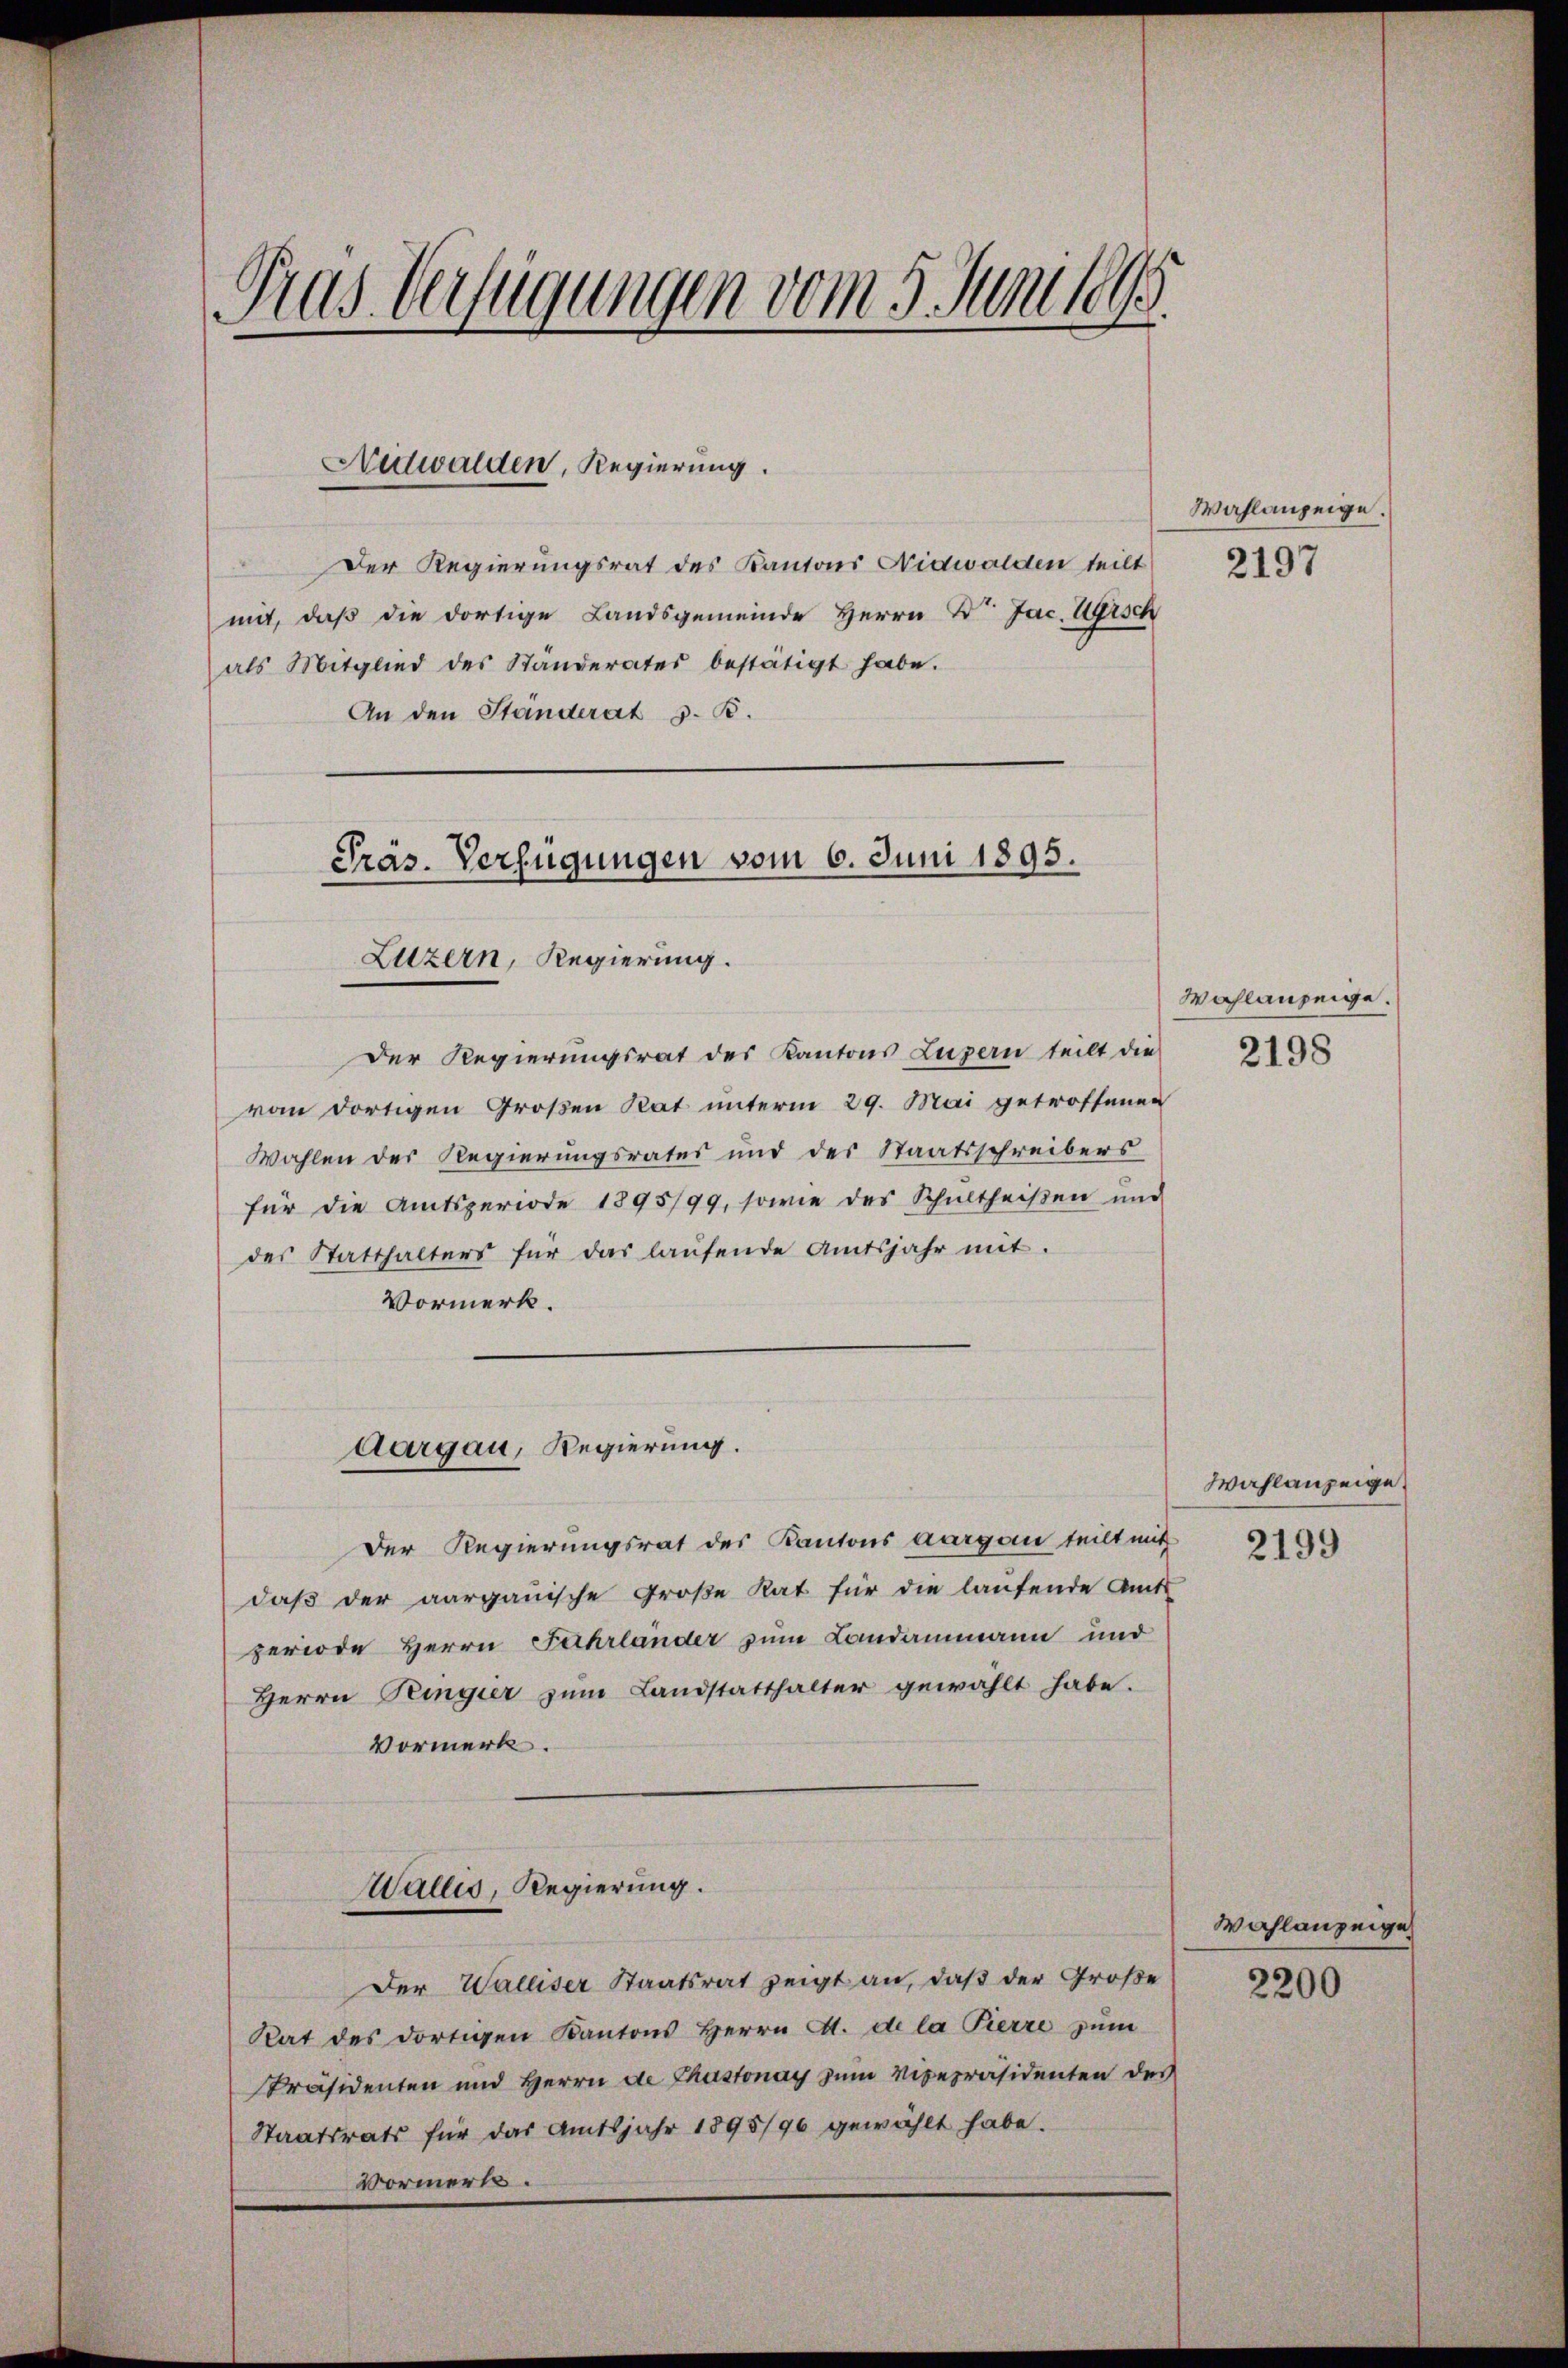
Gras Verfügungen vom 5. Junius

Der Regierungsrat des Kantons Nidwalden teilt
mit, daß die dortige Landsgemeinde Herrn Dr. Jac. Ugrsch
als Mitglied des Standerates bestätigt habe.
An den Ständerat z. B.
Präs. Verfügungen vom 6. Juni 1895.

Neitwalden, Regierung.

Luzern, Regierung.

Der Regierungsrat des Kantons Luzern teilt die
vom dortigen Großen Rat unterm 29. Mai getroffenen
Wahlen der Regierungsrates und der Staatsschreibers
für die Amtsperiode 1895/99, sowie des Schultheiβen und
des Statthalters für das laufende Amtsjahr mit.
Vormerk.
Der Regierungsrat des Kantons Aargau teilt mit
daß der aargauische Große Rat für die laufende Amts
periode Herrn Fahrländer zum Landammann und
Herrn Peingier zŭm Landstatthalter gewählt habe.
Vormerk.
Wallis, Regierung.
Der Walliser Staatsrat zeigt an, daß der Große
Rat des dortigen Kantons Herrn A. de la Pierre zum
Präsidenten und Herrn de Chastonay zum Vicepräsidenten des
Staatsrats für das Amtsjahr 1895/96 gewählt habe.
Vormerk.

Aargau, Regierung.

Wahlanzeige.
2197

Wahlanzeige.

2198

Wahlanzeige
2199

Wahlanzeige
2200